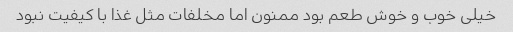
خیلی خوب و خوش طعم بود ممنون اما مخلفات مثل غذا با کیفیت نبود